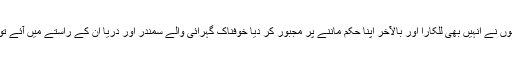
جنگل کے درندے اگر ان کے راستے میں آئے تو انہوں نے انہیں بھی للکارا اور بالآخر اپنا حکم ماننے پر مجبور کر دیا خوفناک گہرائی والے سمندر اور دریا ان کے راستے میں آئے تو انہوں نے بلا خطر اپنے گھوڑے ان میں ڈال دیئے ۔